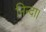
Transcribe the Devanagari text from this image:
निन्दा।